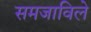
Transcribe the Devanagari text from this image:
समजाविले